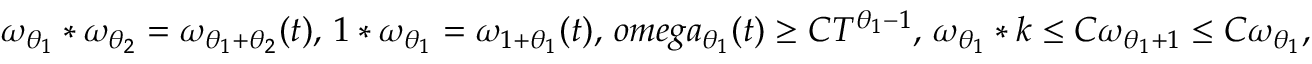
\omega _ { \theta _ { 1 } } * \omega _ { \theta _ { 2 } } = \omega _ { \theta _ { 1 } + \theta _ { 2 } } ( t ) , \, 1 * \omega _ { \theta _ { 1 } } = \omega _ { 1 + \theta _ { 1 } } ( t ) , \, o m e g a _ { \theta _ { 1 } } ( t ) \geq C T ^ { \theta _ { 1 } - 1 } , \, \omega _ { \theta _ { 1 } } * k \leq C \omega _ { \theta _ { 1 } + 1 } \leq C \omega _ { \theta _ { 1 } } ,